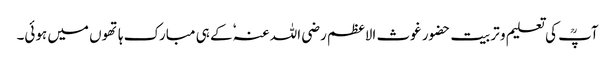
آپؒ کی تعلیم و تربیت حضور غوث الاعظم رضی اللہ عنہٗ کے ہی مبارک ہاتھوں میں ہوئی۔